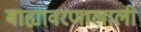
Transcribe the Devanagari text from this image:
बाह्यावरणाखाली